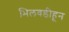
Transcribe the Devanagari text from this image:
भिलवडीहून